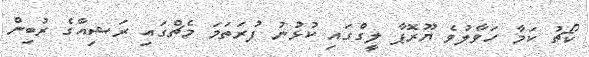
ކޯޗު ކަމާ ހަވާލުވެ ޔޫރޮޕާ ލީގްގައި ކުޅުނު ފުރަތަމަ މެޗްގައި ރަޝިއާގެ ރުބިން